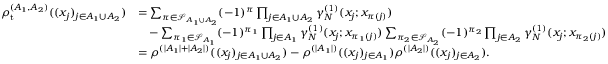
\begin{array} { r l } { \rho _ { \mathrm { t } } ^ { ( A _ { 1 } , A _ { 2 } ) } ( ( x _ { j } ) _ { j \in A _ { 1 } \cup A _ { 2 } } ) } & { = \sum _ { \pi \in \mathcal { S } _ { A _ { 1 } \cup A _ { 2 } } } ( - 1 ) ^ { \pi } \prod _ { j \in A _ { 1 } \cup A _ { 2 } } \gamma _ { N } ^ { ( 1 ) } ( x _ { j } ; x _ { \pi ( j ) } ) } \\ & { \quad - \sum _ { \pi _ { 1 } \in \mathcal { S } _ { A _ { 1 } } } ( - 1 ) ^ { \pi _ { 1 } } \prod _ { j \in A _ { 1 } } \gamma _ { N } ^ { ( 1 ) } ( x _ { j } ; x _ { \pi _ { 1 } ( j ) } ) \sum _ { \pi _ { 2 } \in \mathcal { S } _ { A _ { 2 } } } ( - 1 ) ^ { \pi _ { 2 } } \prod _ { j \in A _ { 2 } } \gamma _ { N } ^ { ( 1 ) } ( x _ { j } ; x _ { \pi _ { 2 } ( j ) } ) } \\ & { = \rho ^ { ( | A _ { 1 } | + | A _ { 2 } | ) } ( ( x _ { j } ) _ { j \in A _ { 1 } \cup A _ { 2 } } ) - \rho ^ { ( | A _ { 1 } | ) } ( ( x _ { j } ) _ { j \in A _ { 1 } } ) \rho ^ { ( | A _ { 2 } | ) } ( ( x _ { j } ) _ { j \in A _ { 2 } } ) . } \end{array}